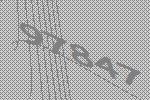
97847